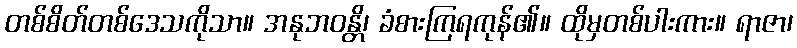
တစ်စိတ်တစ်ဒေသကိုသာ။ အနုဘဝန္တိ၊ ခံစားကြရကုန်၏။ ထိုမှတစ်ပါးကား။ ရာဇာ၊